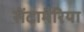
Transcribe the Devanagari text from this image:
सेंटामैरिया